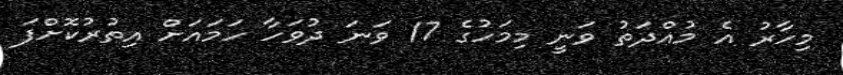
މިހާރު އެ މުއްދަތު ވަނީ މިމަހުގެ 17 ވަނަ ދުވަހާ ހަމައަށް އިތުރުކޮށްފަ